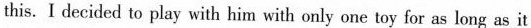
this. I decided to play with him with only or e toy for as leng as it